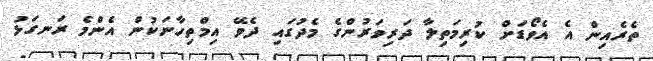
ތެރެއިން އެ އެވޯޑަށް ކުރިމަތިލާ ދަރިވަރުންގެ މެދުގައި ދެވޭ އިމްތިހާނަކުން އެންމެ ރަނގަޅު